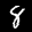
Label: 8